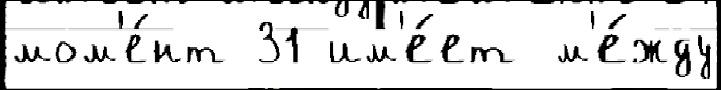
мом'е́нт 31 им'е́ет м'е́жду